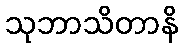
သုဘာသိတာနိ